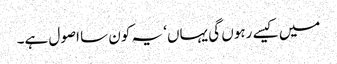
میں کیسے رہوں گی یہاں‘ یہ کون سا اصول ہے۔